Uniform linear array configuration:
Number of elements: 16
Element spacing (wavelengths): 0.75
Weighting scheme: blackman
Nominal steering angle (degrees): -30
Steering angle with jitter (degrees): -29.33
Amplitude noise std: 0.05
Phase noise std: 0.05

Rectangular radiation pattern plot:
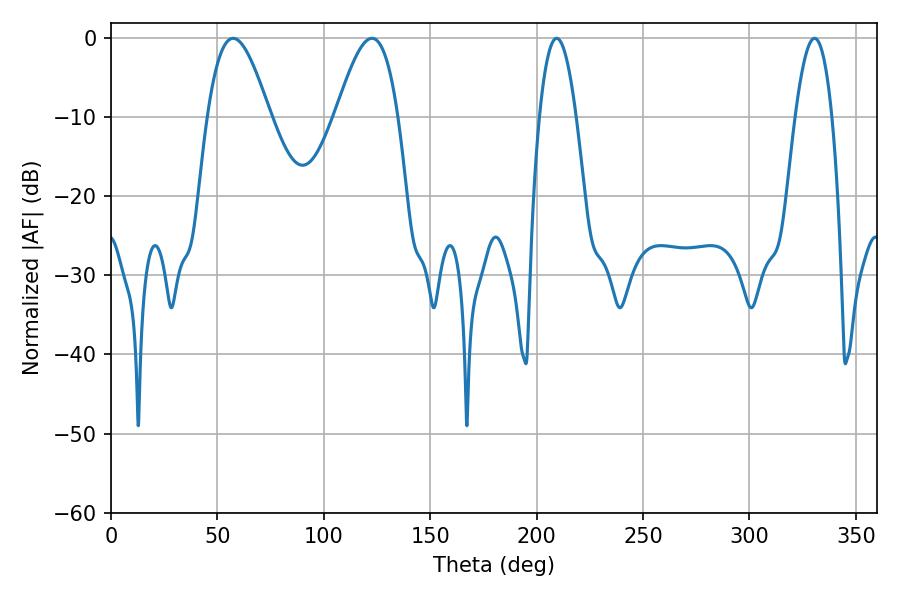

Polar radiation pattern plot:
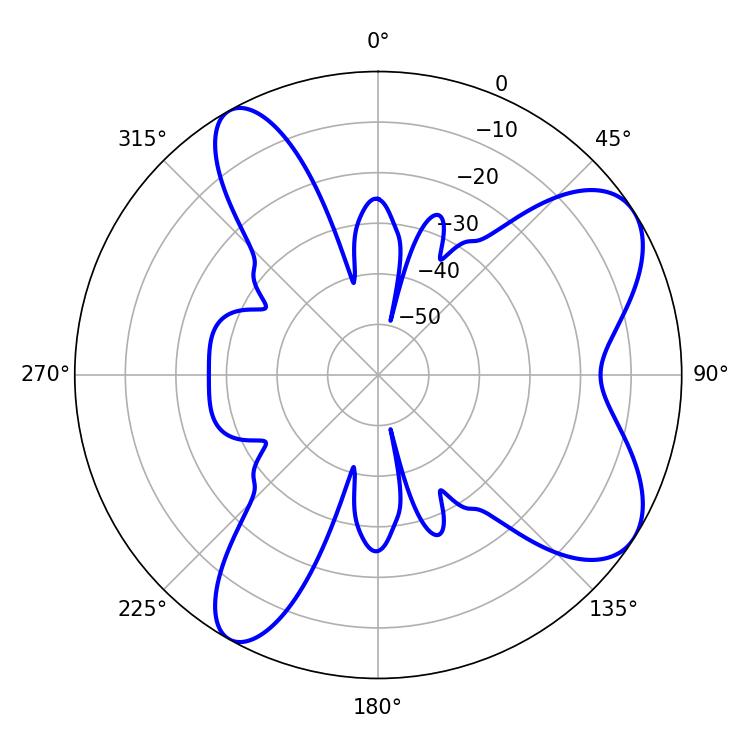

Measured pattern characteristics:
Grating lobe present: TRUE
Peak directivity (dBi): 7.608
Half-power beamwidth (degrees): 15.66
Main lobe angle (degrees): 57.42